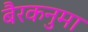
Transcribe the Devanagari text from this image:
बैरकनुमा